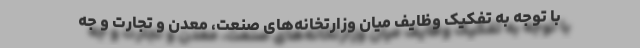
با توجه به تفکیک وظایف میان وزارتخانه‌های صنعت، معدن و تجارت و جه